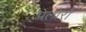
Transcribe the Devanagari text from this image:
पेलोरो